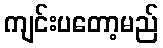
ကျင်းပတော့မည်